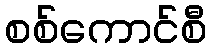
စစ်ကောင်စီ